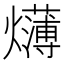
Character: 𱬫